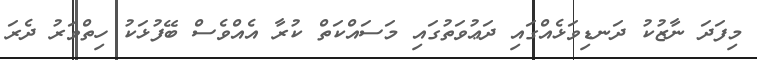
މިފަދަ ނާޒުކު ދަނޑިވަޅެއްގައި ދަޢުވަތުގައި މަސައްކަތް ކުރާ އެއްވެސް ބޭފުޅަކު ހިތްވަރު ދެރަ